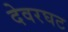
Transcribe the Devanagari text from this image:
देवरघट